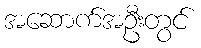
အဆောက်အဦးတွင်